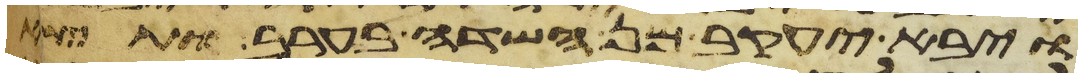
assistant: ויבא יעקב מן השדה בערב ותצא